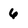
Character: 6